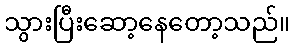
သွားပြီးဆော့နေတော့သည်။